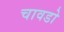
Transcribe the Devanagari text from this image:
चावडो